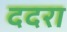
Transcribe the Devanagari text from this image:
ददरा